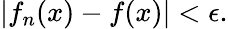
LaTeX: |f_{n}(x)-f(x)|<\epsilon.